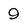
Character: 9